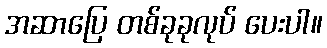
အဆာပြေ တစ်ခုခုလုပ် ပေးပါ။